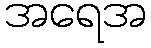
အရေအ